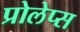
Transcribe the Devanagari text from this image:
प्रोलेप्स